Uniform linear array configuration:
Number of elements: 8
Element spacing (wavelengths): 0.75
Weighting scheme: cosine
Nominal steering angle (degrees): -60
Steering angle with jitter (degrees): -59.613
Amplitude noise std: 0.05
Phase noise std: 0.05

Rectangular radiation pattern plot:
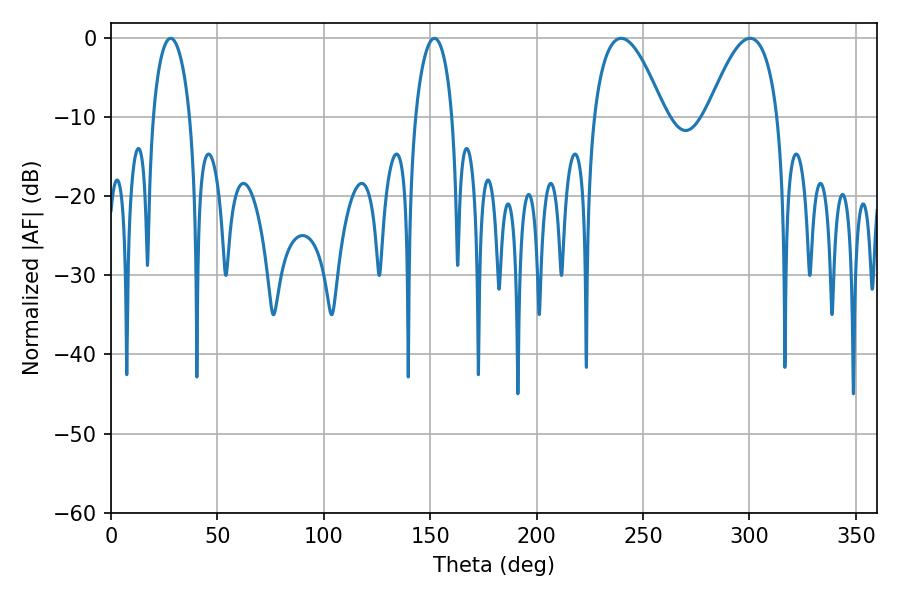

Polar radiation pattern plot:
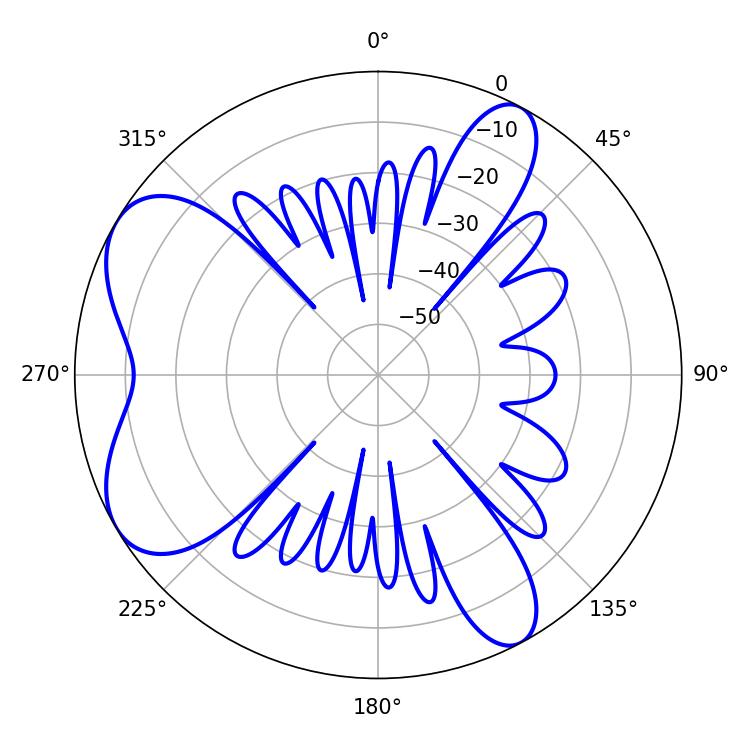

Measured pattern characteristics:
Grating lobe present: TRUE
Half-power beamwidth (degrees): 18.18
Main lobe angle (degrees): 239.76